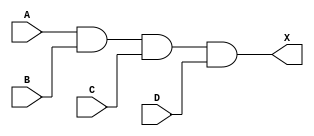
module sky130_fd_sc_hdll__and4_6 (
    X,
    A,
    B,
    C,
    D
);
    output X;
    input  A;
    input  B;
    input  C;
    input  D;
    wire and0_out_X;
    and and0 (and0_out_X, A, B, C, D     );
    buf buf0 (X         , and0_out_X     );
endmodule